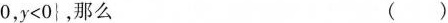
$$0，y<0\right\}$$，那么 ()